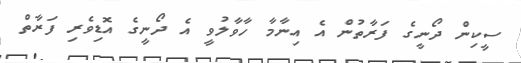
ސީކިން ދޯނީގެ ފަރާތުން އެ އިނާމާ ހާވާލުވީ އެ ދޯނީގެ އޮޑިވެރި ފަރާތް